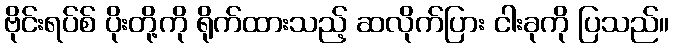
ဗိုင်းရပ်စ် ပိုးတို့ကို ရိုက်ထားသည့် ဆလိုက်ပြား ငါးခုကို ပြသည်။